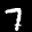
Label: 7